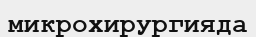
микрохирургияда